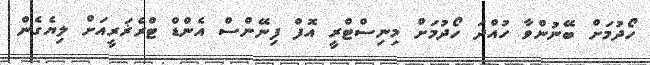
ހޯދުމަށް ބޭނުންވާ ހުއްދަ ހޯދުމަށް މިނިސްޓްރީ އޮފް ފިނޭންސް އެންޑް ޓްރެޜަރީއަށް ލިޔެގެން